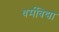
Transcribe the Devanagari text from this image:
धर्मविद्या